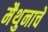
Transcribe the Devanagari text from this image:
मैथुनाचे